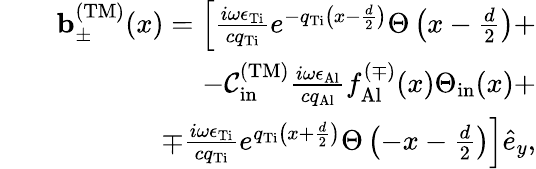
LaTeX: \begin{array}{rlr}&{}&{{\mathbf b}_{\pm}^{\mathrm{(TM)}}(x)=\left[\frac{i\omega\epsilon_{\mathrm{Ti}}}{cq_{\mathrm{Ti}}}e^{-q_{\mathrm{Ti}}\left(x-\frac{d}{2}\right)}\Theta\left(x-\frac{d}{2}\right)+\right.}\\ &{}&{\left.-{\cal C}_{\mathrm{in}}^{\mathrm{(TM)}}\frac{i\omega\epsilon_{\mathrm{Al}}}{cq_{\mathrm{Al}}}f_{\mathrm{Al}}^{(\mp)}(x)\Theta_{\mathrm{in}}(x)+\right.}\\ &{}&{\left.\mp\frac{i\omega\epsilon_{\mathrm{Ti}}}{cq_{\mathrm{Ti}}}e^{q_{\mathrm{Ti}}\left(x+\frac{d}{2}\right)}\Theta\left(-x-\frac{d}{2}\right)\right]\hat{e}_{y},}\end{array}